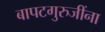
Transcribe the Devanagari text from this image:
बापटगुरुजींना